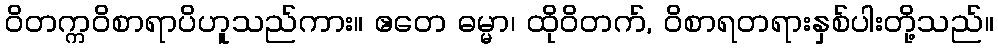
ဝိတက္ကဝိစာရာပိဟူသည်ကား။ ဧတေ ဓမ္မာ၊ ထိုဝိတက်, ဝိစာရတရားနှစ်ပါးတို့သည်။